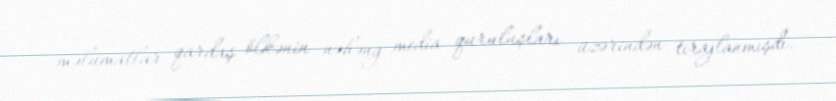
məlumatlar qardaş ölkənin nəhəng media quruluşları üzərindən tirajlanmışdı.